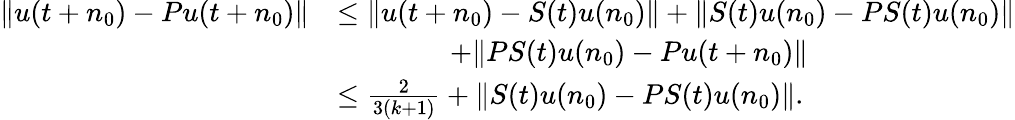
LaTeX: \begin{array}{rl}{\| u(t+n_{0})-Pu(t+n_{0})\| }&{\leq\| u(t+n_{0})-S(t)u(n_{0})\| +\| S(t)u(n_{0})-PS(t)u(n_{0})\| }\\ &{\qquad\qquad+\| PS(t)u(n_{0})-Pu(t+n_{0})\| }\\ &{\leq\frac{2}{3(k+1)}+\| S(t)u(n_{0})-PS(t)u(n_{0})\| .}\end{array}